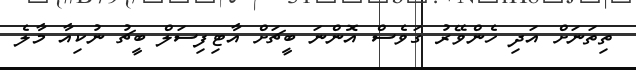
ތިތަނަށް އަދި ހެންވޭރު ގަވެސް އޮންނަ ބީޗަށް އާޓިފިސަލް ބީޗު ނުކިއާ މާލެ